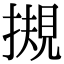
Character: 摫